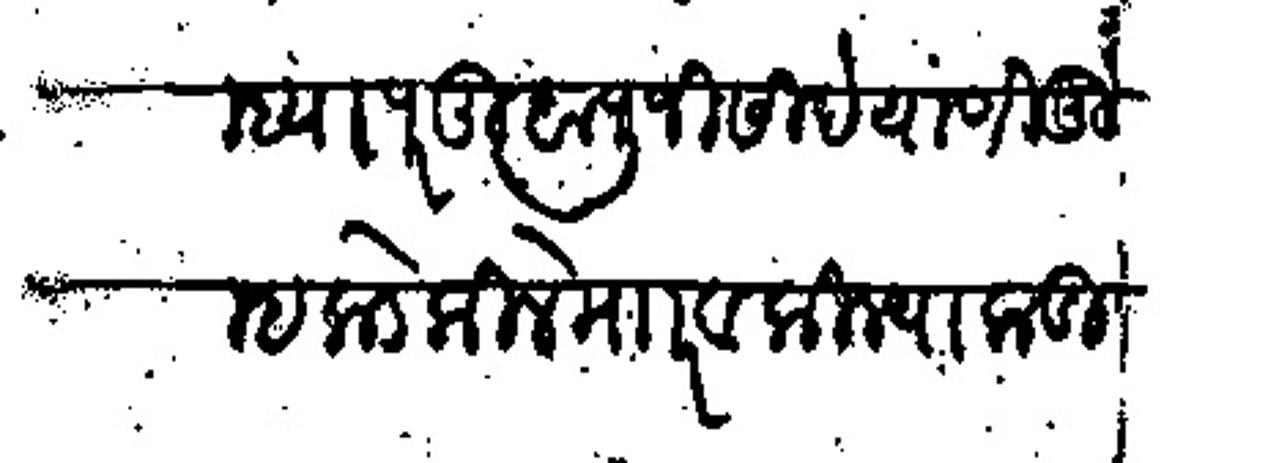
Transliteration (Devanagari): दिल्ह्या परंतू बापूजी शिंदे याणी तुम्हाकडे किले मजकूर व किल्या कडील